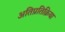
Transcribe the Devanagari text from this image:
अतिप्रतिक्रिया